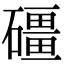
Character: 礓